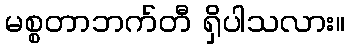
မစ္စတာဘက်တီ ရှိပါသလား။